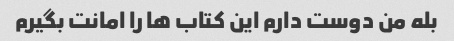
بله من دوست دارم این کتاب ها را امانت بگیرم